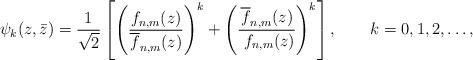
LaTeX: \begin{align*}\psi_k(z,\bar z)={1\over \sqrt 2} \left[ \left ( {f_{n, m}(z)\over\overline f_{n, m}(z)}\right)^{k}+\left ( {\overline {f}_{n, m}(z)\over \ f_{n, m}(z)}\right)^{k}\right],\qquad k=0,1,2,\ldots,\end{align*}